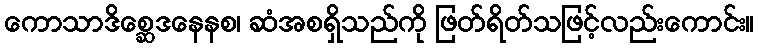
ကောသာဒိစ္ဆေဒနေနစ၊ ဆံအစရှိသည်ကို ဖြတ်ရိတ်သဖြင့်လည်းကောင်း။